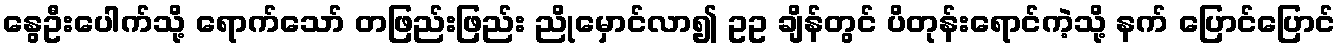
နွေဦးပေါက်သို့ ရောက်သော် တဖြည်းဖြည်း ညိုမှောင်လာ၍ ဥဥ ချိန်တွင် ပိတုန်းရောင်ကဲ့သို့ နက် ပြောင်ပြောင်